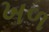
ખળ